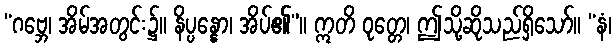
“ဂဗ္ဘေ၊ အိမ်အတွင်း၌။ နိပ္ပန္နော၊ အိပ်၏”။ ဣတိ ဝုတ္တေ၊ ဤသို့ဆိုသည်ရှိသော်။ “နံ၊